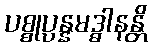
ပစ္စုပ္ပန္နမဒ္ဓါနန္တိ